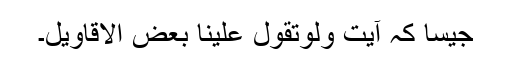
جیسا کہ آیت وَلَوْتَقَوَّلَ عَلَیْنَا بَعْضَ الْاَقَاوِیْلِ۔